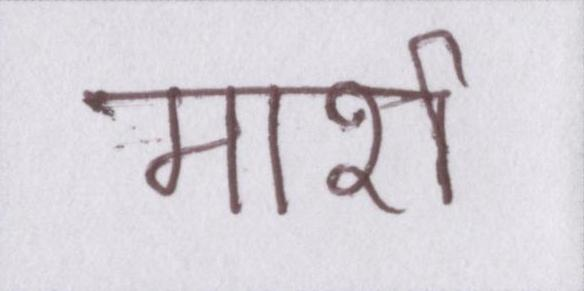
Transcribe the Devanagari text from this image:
मार्श